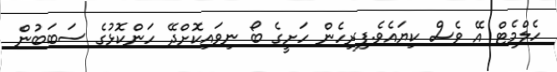
ހެލްމެޓް އޭ ވެސް ކިޔައެވެ.ފިރިހެން ހަށީގެ ބޯ ނިވައިކޮށްދޭ ހަންކޮޅުގެ ސަބަބުން